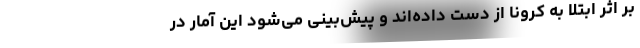
بر اثر ابتلا به کرونا از دست داده‌اند و پیش‌بینی می‌شود این آمار در